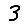
Digit: 3